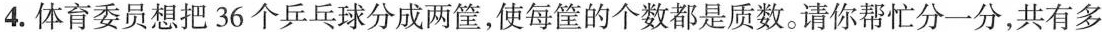
4.体育委员想把36个乒乓球分成两筐，使每筐的个数都是质数。请你帮忙分一分，共有多